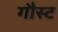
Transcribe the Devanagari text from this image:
गौस्ट